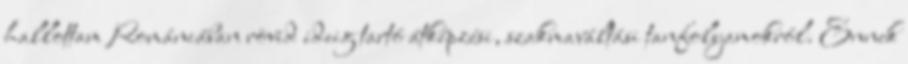
hallottam Romániában rövid ideig tartó átképzési, szakmaváltási tanfolyamokról. Ennek